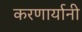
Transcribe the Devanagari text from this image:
करणार्यानी